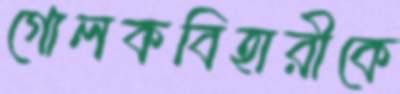
গোলকবিহারীকে